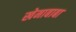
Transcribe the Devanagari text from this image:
खेमाबाबा